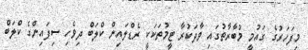
މިފަހަރުގެ ގައުމީ މުބާރާތުގައި ވާދަކުރާ ޓީމުތަކަކީ ރެޑްލައިން ކްލަބް ދިވެހި ސިފައިންގެ ކްލަބް